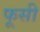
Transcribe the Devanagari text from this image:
फूसी